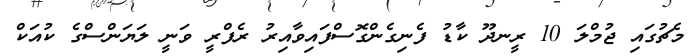
މެޗުގައި ޖުމްލަ 10 ރީނދޫ ކާޑު ފެނިގެންގޮސްފައިވާއިރު ރެފްރީ ވަނީ ލަޔަންސްގެ ކުއަކް